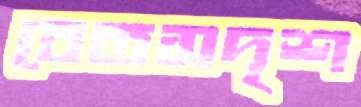
বেতসদৃশ